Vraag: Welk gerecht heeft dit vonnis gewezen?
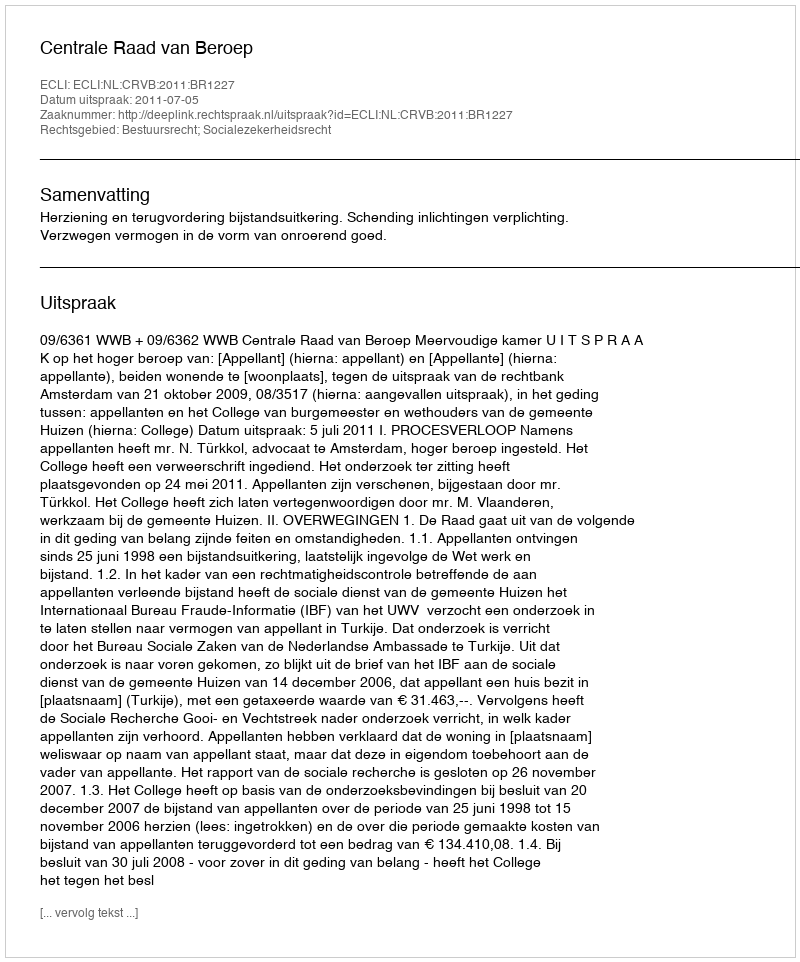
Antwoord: Centrale Raad van Beroep